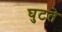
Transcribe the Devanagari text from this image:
घुटते